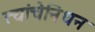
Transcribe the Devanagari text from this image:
त्यांचेनिधन